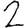
Digit: 2